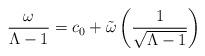
LaTeX: \begin{align*}\frac{\omega}{\Lambda-1}=c_0+\tilde{\omega}\left(\frac{1}{\sqrt{\Lambda-1}}\right)\end{align*}